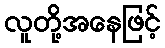
လူတို့အနေဖြင့်